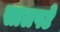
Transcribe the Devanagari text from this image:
सालपटे